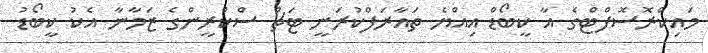
މައިކްރޮސޮފްޓްގެ އާ ކީބޯޑް އިއްޔެ ތައާރަފްކުރަނީ ޓަޗް ސްކްރީންގެ ޒަމާނާ އެކު ކީބޯޑު